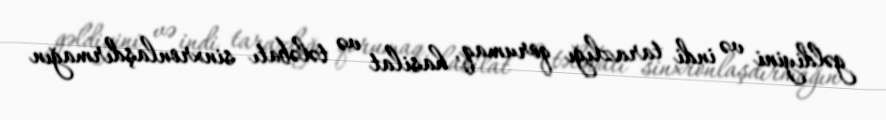
gəldiyini və indi tarazlığı qorumaq, hasilat və tələbatı sinxronlaşdırmağın